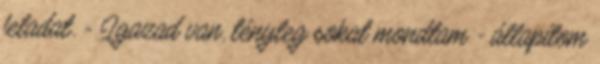
feladat. - Igazad van, tényleg sokat mondtam - állapítom